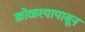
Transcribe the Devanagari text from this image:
कोळश्यापासून